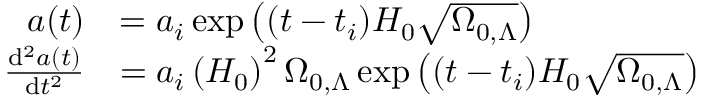
{ \begin{array} { r l } { a ( t ) } & { = a _ { i } \exp \left( ( t - t _ { i } ) H _ { 0 } { \sqrt { \Omega _ { 0 , \Lambda } } } \right) } \\ { { \frac { \mathrm { d } ^ { 2 } a ( t ) } { \mathrm { d } t ^ { 2 } } } } & { = a _ { i } \left( H _ { 0 } \right) ^ { 2 } \Omega _ { 0 , \Lambda } \exp \left( ( t - t _ { i } ) H _ { 0 } { \sqrt { \Omega _ { 0 , \Lambda } } } \right) } \end{array} }